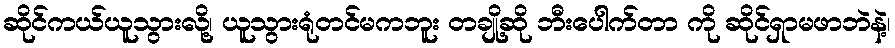
ဆိုင်ကယ်ယူသွားလို့၊ ယူသွားရုံတင်မကဘူး တချို့ဆို ဘီးပေါက်တာ ကို ဆိုင်ရှာမဖာဘဲနဲ့၊